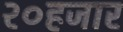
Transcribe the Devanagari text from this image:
२०हजार